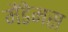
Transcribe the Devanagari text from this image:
मैंडेमस